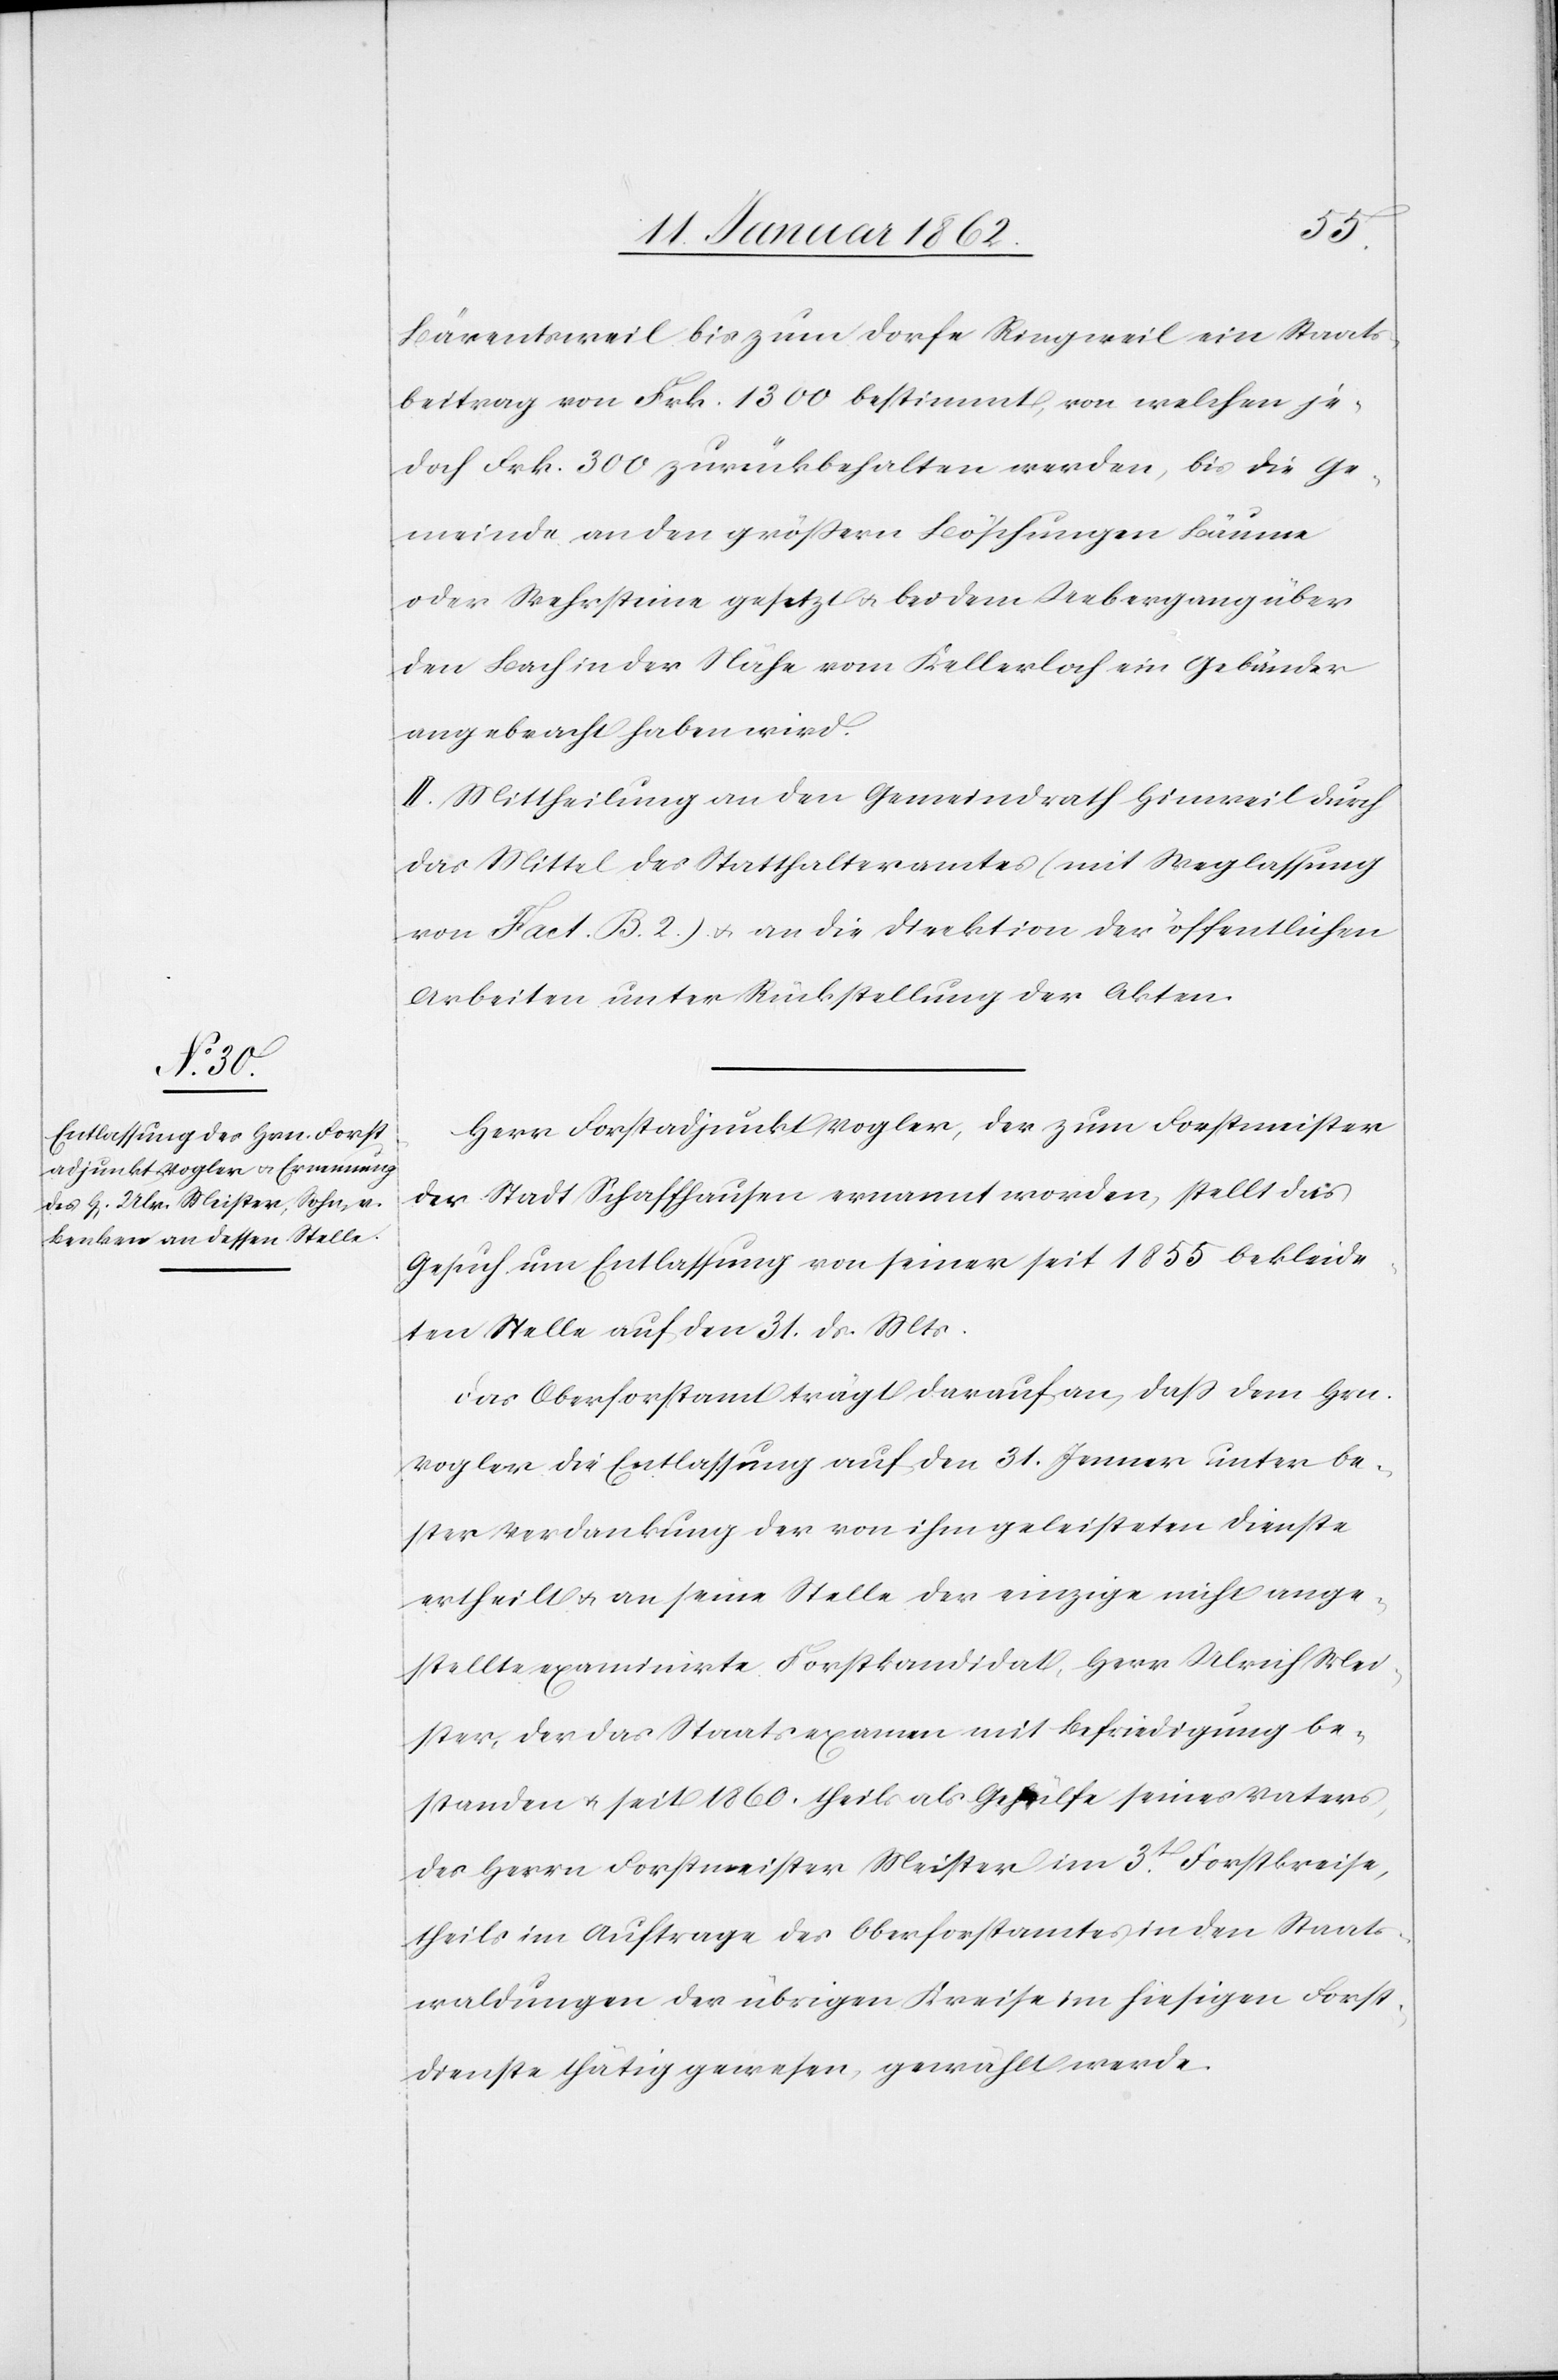
Bärentsweil bis zum Dorfe Ringweil ein Staats¬
beitrag von Frk. 1300 bestimmt, von welchen je¬
doch Frk. 300 zurückbehalten werden, bis die Ge¬
meinde an den größeren Böschungen Bäume
oder Wehrsteine gesetzt u. bei dem Uebergang über
den Bach in der Nähe vom Kellerloch ein Geländer
angebracht haben wird.
II. Mittheilung an den Gemeindrath Hinweil durch
das Mittel des Statthalteramtes (mit Weglassung
von Fact. B. 2.) u. an die Direktion der öffentlichen
Arbeiten unter Rückstellung der Akten.
Herr Forstadjunkt Vogler, der zum Forstmeister
der Stadt Schaffhausen ernannt worden, stellt das
Gesuch um Entlassung von seiner seit 1855 bekleide¬
ten Stelle auf den 31. ds. Mts.
Das Oberforstamt trägt darauf an, daß dem Hrn.
Vogler die Entlassung auf den 31. Jenner unter be¬
ster Verdankung der von ihm geleisteten Dienste
ertheilt u. an seine Stelle der einzige nicht ange¬
stellte examinirte Forstkandidat, Herr Ulrich Mei¬
ster, der das Staatsexamen mit Befriedigung be¬
standen u. seit 1860. theils als Gehülfe seines Vaters,
des Herrn Forstmeister Meister im 3t. Forstkreise,
theils im Auftrage des Oberforstamtes in den Staats¬
waldungen der übrigen Kreise im hiesigen Forst¬
dienste thätig gewesen, gewählt werde.